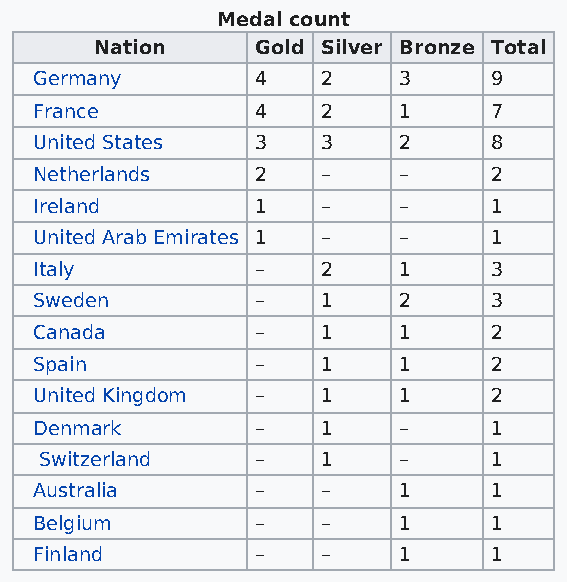
Medal count
 Nation     Gold Silver Bronze Total
 Germany        4   2    3     9
 France         4   2    1     7
 United States  3   3    2     8
 Netherlands    2   –    –     2
 Ireland        1   –    –     1
 United Arab Emirates 1 – –    1
 Italy          –   2    1     3
 Sweden         –   1    2     3
 Canada         –   1    1     2
 Spain          –   1    1     2
 United Kingdom –   1    1     2
 Denmark        –   1    –     1
 Switzerland   –   1    –     1
 Australia      –   –    1     1
 Belgium        –   –    1     1
 Finland        –   –    1     1